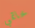
خاتمي